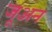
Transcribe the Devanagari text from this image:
जूअन